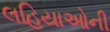
લહિયાઓની